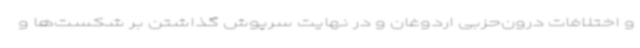
و اختلافات درون‌حزبی اردوغان و در نهایت سرپوش گذاشتن بر شکست‌ها و